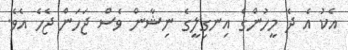
އެކު އެ ދެ މީހުންގެ އިނގިލީގެ ނިޝާން ވެސް ޖަހަން ޖެހެ އެވެ.